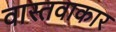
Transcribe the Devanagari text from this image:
वास्तवाकार